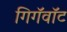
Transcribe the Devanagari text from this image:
गिगॅवॉट